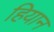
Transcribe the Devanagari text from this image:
हियान